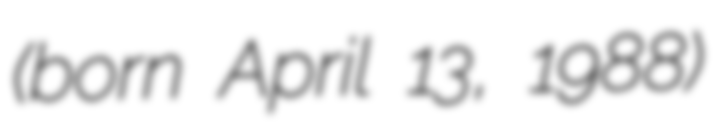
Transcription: (born April 13, 1988)